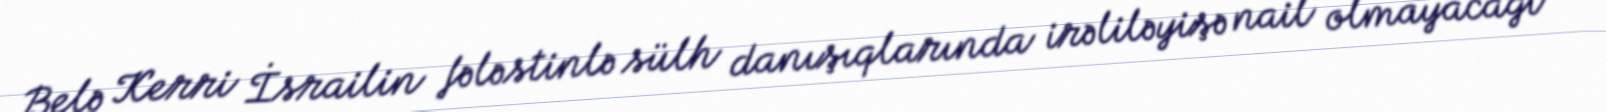
Belə Kerri İsrailin fələstinlə sülh danışıqlarında irəliləyişə nail olmayacağı